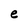
Character: e